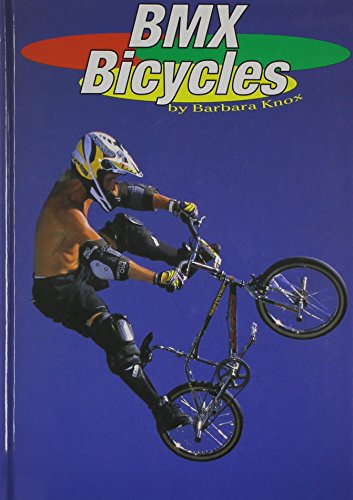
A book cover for BMX Bicycles (Rollin'); Barbara Knox; Children's Books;